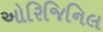
ઓરિજિનિલ